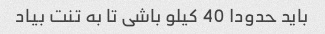
باید حدودا 40 کیلو باشی تا به تنت بیاد